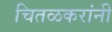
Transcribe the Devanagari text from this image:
चितळकरांनी